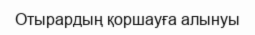
Отырардың қоршауға алынуы